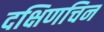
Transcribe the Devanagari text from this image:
दक्षिणचिन